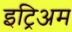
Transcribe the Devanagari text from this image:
इट्रिअम